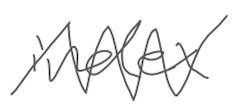
Text: index
Cross-out: zig-zag
Writing tool: digital_gray